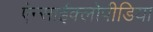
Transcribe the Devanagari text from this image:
ऐन्साईक्लोपीडिया